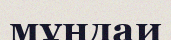
мұндаи